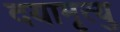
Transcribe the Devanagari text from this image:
दयामृत्यु